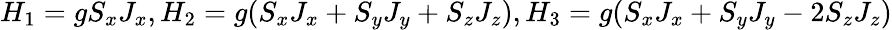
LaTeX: H_{1}=gS_{x}J_{x},H_{2}=g(S_{x}J_{x}+S_{y}J_{y}+S_{z}J_{z}),H_{3}=g(S_{x}J_{x}+S_{y}J_{y}-2S_{z}J_{z})